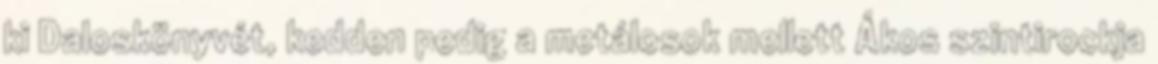
ki Daloskönyvét, kedden pedig a metálosok mellett Ákos szintirockja